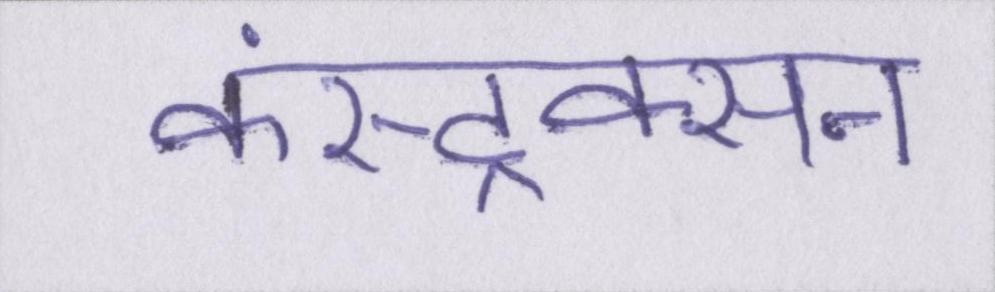
कंस्ट्रक्सन